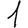
Digit: 1